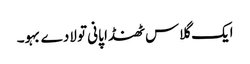
ایک گلاس ٹھنڈا پانی تو لادے بہو۔